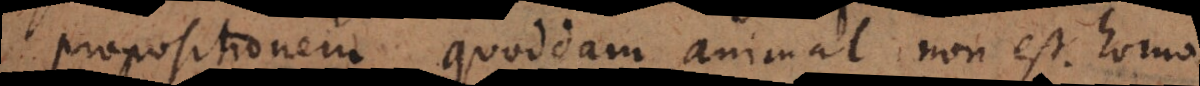
propositionem quoddam animal non est homo,